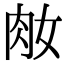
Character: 𦘽